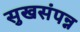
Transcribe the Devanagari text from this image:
सुखसंपन्न